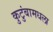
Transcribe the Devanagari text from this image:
कुटुंबामधला